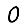
Digit: 0